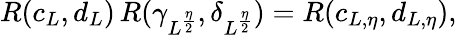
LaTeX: R(c_{L},d_{L})\, R(\gamma_{L^{\frac{\eta}{2}}},\delta_{L^{\frac{\eta}{2}}})=R(c_{L,\eta},d_{L,\eta}),